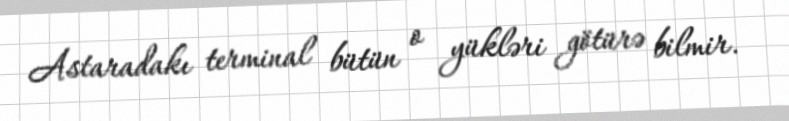
Astaradakı terminal bütün o yükləri götürə bilmir.